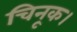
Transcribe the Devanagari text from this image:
चिनूक।